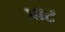
પાટ